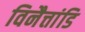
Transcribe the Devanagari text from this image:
विनैत्तांडि